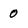
Character: 0